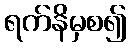
ရက်နိမှစ၍